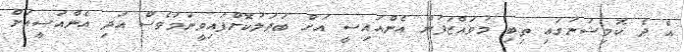
އެ ދެ ކޮމިޝަނުގައި ތިބި މުވައްޒަފުން އެންއައިސީ އަށް ބަދަލުކޮށްފައިވީނަމަވެސް އަދި އެންއަސީއަށް